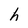
Character: h